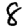
Digit: 8